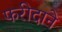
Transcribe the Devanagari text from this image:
फरीदाने